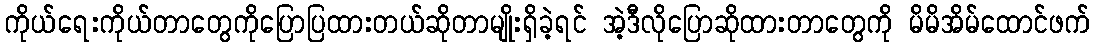
ကိုယ်ရေးကိုယ်တာတွေကိုပြောပြထားတယ်ဆိုတာမျိုးရှိခဲ့ရင် အဲ့ဒီလိုပြောဆိုထားတာတွေကို မိမိအိမ်ထောင်ဖက်